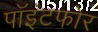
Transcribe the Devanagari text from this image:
पॉइंटफोर